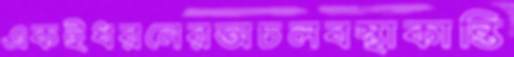
একইধরনেরঅচলবস্থাকান্তি